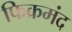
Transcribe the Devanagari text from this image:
फिक्रमंद